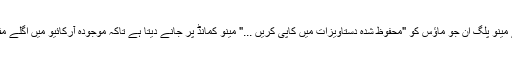
- ایک نیا سیاق و سباق والے مینو پلگ ان جو ماؤس کو "محفوظ شدہ دستاویزات میں کاپی کریں ..." مینو کمانڈ پر جانے دیتا ہے تاکہ موجودہ آرکائیو میں اگلے مفت سلاٹ میں کاپی ہوسکے۔